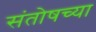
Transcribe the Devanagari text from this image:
संतोषच्या